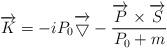
LaTeX: \begin{align*}\overrightarrow{K}= -iP_0\overrightarrow{\bigtriangledown} -\frac{\overrightarrow{P}\times\overrightarrow{S}}{P_0+m}\end{align*}